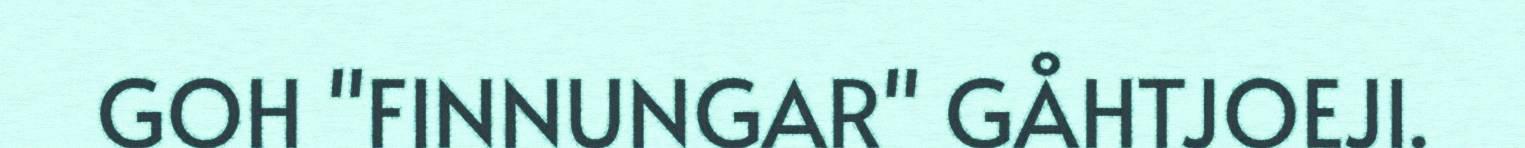
GOH "FINNUNGAR" GÅHTJOEJI.